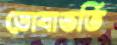
ডোবাভর্তি